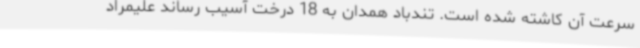
سرعت آن کاشته شده است. تندباد همدان به 18 درخت آسیب رساند علیمراد